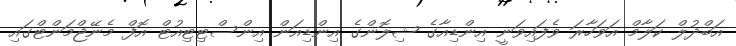
އަބްދުލް ކަލާމް އަވަހާރަ ވެފައިވަނީ އިންޑިއާގެ ޝިލޮންގެ އިންޑިއަން އިންސްޓިޓިއުޓް އޮފް މެނޭޖްމަންޓްގައި